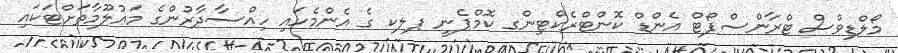
މޯލްޑިވްސް ޓްރާންސްޕޯޓް އެންޑް ކޮންޓްރެކްޓިންގ ކޮމްޕެނީ ޕލކ ގެ އެންމެހައި ހިއްސާދާރުންގެ މަޢުލޫމާތަށްޓަކައި